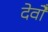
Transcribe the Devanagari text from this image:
देवोँ